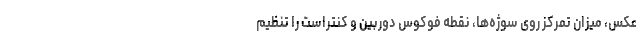
عکس، میزان تمرکز روی سوژه‌ها، نقطه فوکوس دوربین و کنتراست را تنظیم